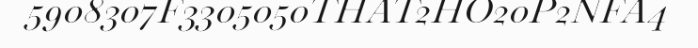
5908307F3305050THAT2HO20P2NFA4